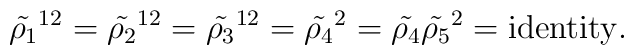
{\tilde{\rho_{1}}}^{12} = {\tilde{\rho_{2}}}^{12}= {\tilde{\rho_{3}}}^{12} = {\tilde{\rho_{4}}}^{2}= {\tilde{\rho_{4}}}{\tilde{\rho_{5}}}^{2}= {\rm identity}.